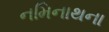
નમિનાથના